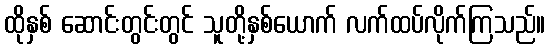
ထိုနှစ် ဆောင်းတွင်းတွင် သူတို့နှစ်ယောက် လက်ထပ်လိုက်ကြသည်။